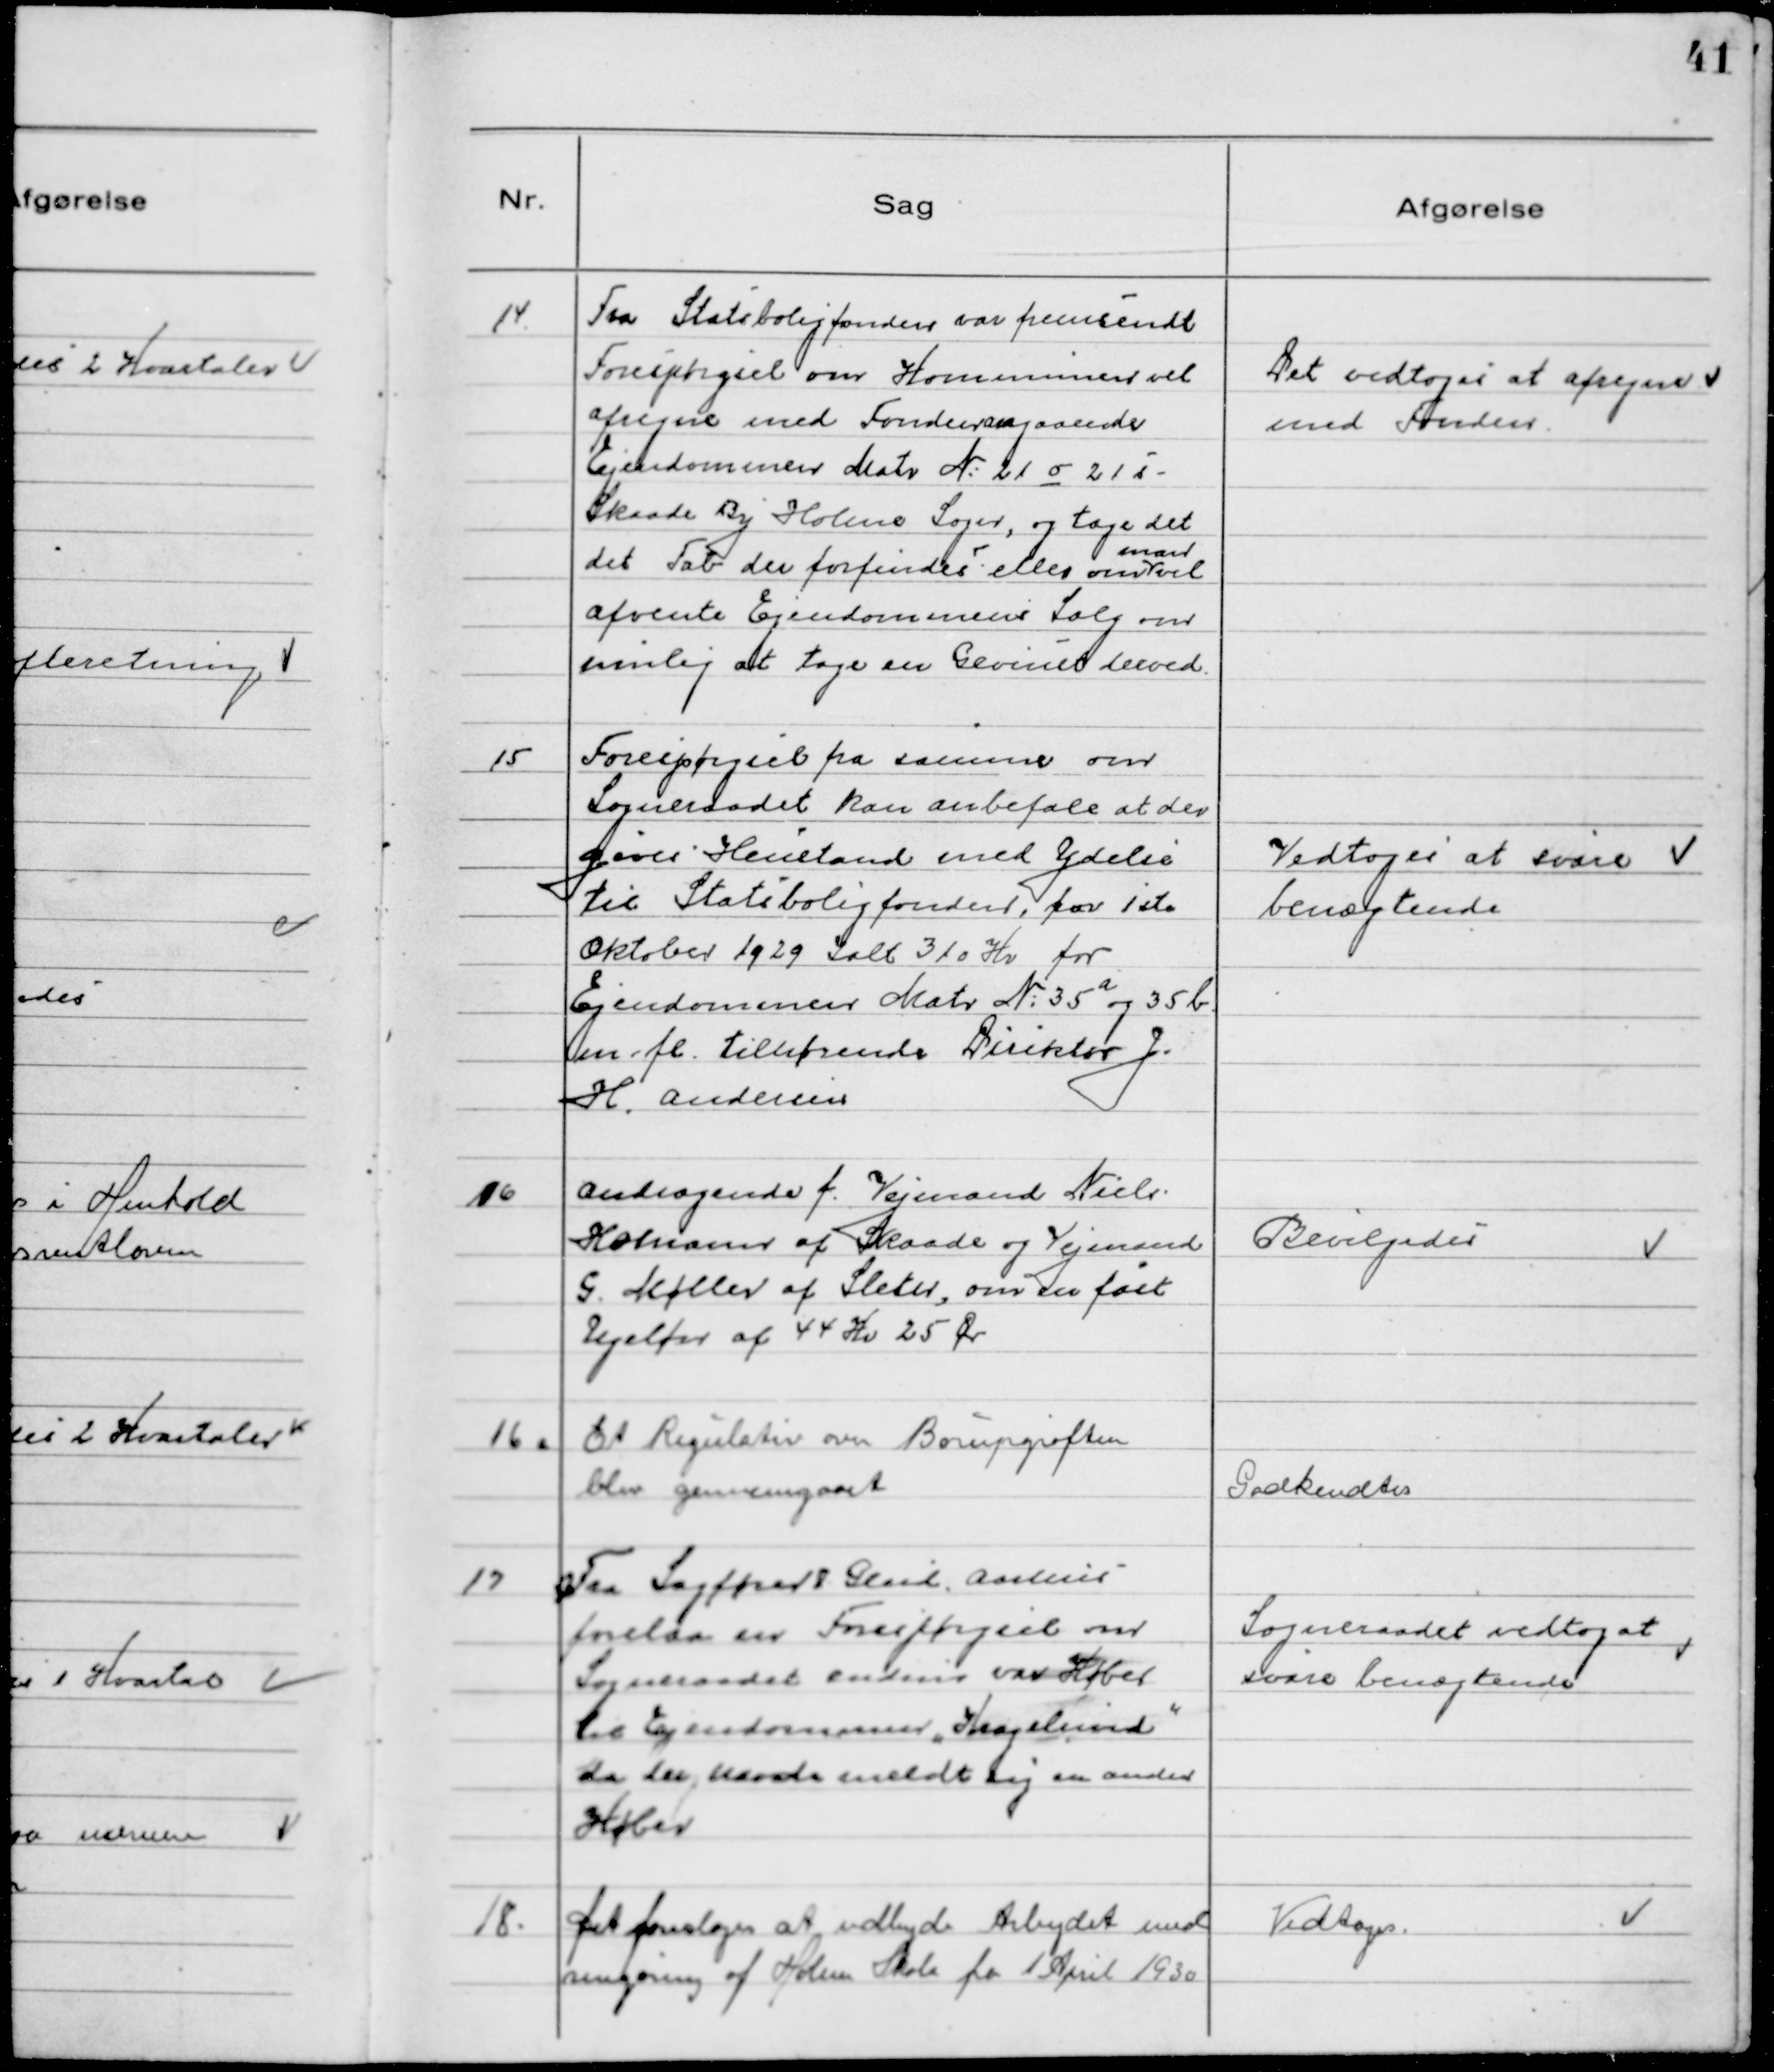
Transskription:
14. Fra Statsboligfonden var fremsendt
Forespørgsel om Kommunen vil
afregne med Fonden angaaende
Ejendommen Matr N° 21 o 21 s -
Skaade By Holme Sogn, og tage det
det Tab der forfindes eller om
man
vil
afvente Ejendommens Salg om
mulig at tage en Gevinst derved.

Det vedtoges at afregne
med Fonden.

15 Forespørgsel fra samme om
Sogneraadet kan anbefale at der
gives Henstand med Ydelse
til Statsboligfonden, for 1ste
Oktober 1929 Ialt 310 Kr for
Ejendommen Matr N° 35 a og 35 b
m.fl. tilhørende Diriktør J.
H. Andersen

Vedtoges at svare
benægtende

16 Andragende f. Vejmand Niels
Holmann af Skaade og Vejmand
G. Møller af Sleth, om en fast
Ugeløn af 44 Kr 25 Ør

Bevilgedes

16. Et Regulativ om Borupgrøften
blev gennemgaaet

Godkendtes

17 Fra Sagfører Glud, Aarhus
forelaa en Forespørgsel om
Sogneraadet endnu var Køber
til Ejendommen "Kragelund"
da der havde meldt sig en anden
Køber

Sogneraadet vedtog at
svare benægtende

18. Det foresloges at udbyde Arbejdet med
rengøring af Holme Skole fra 1 April 1930

Vedtoges.